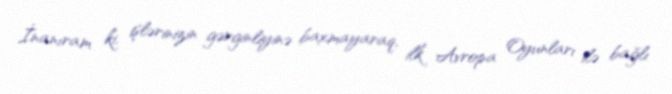
İnanıram ki, işlərinizin gərginliyinə baxmayaraq, ilk Avropa Oyunları ilə bağlı